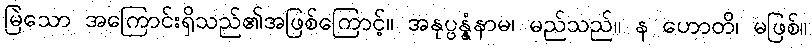
မြဲသော အကြောင်းရှိသည်၏အဖြစ်ကြောင့်။ အနုပ္ပန္နံနာမ၊ မည်သည်။ န ဟောတိ၊ မဖြစ်။